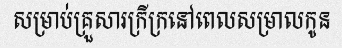
សម្រាប់គ្រួសារក្រីក្រនៅពេលសម្រាលកូន